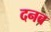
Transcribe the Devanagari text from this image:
दनब